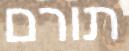
תורם